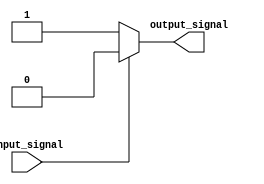
module schmitt_trigger_inverter (
    input wire input_signal,
    output reg output_signal
);

always @* begin
    if (input_signal == 0) begin
        output_signal <= 1;
    end else begin
        output_signal <= 0;
    end
end

endmodule